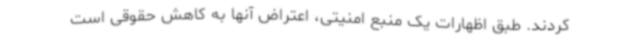
کردند. طبق اظهارات یک منبع امنیتی،‌ اعتراض آنها به کاهش حقوقی است